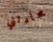
محادثتي